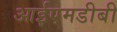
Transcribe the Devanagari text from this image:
आईएमडीबी